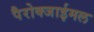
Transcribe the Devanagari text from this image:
पैरोक्जाईमल